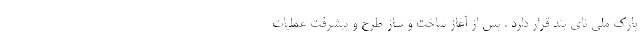
پارک ملی نای بند قرار دارد . پس از آغاز ساخت و ساز طرح و پیشرفت عملیات